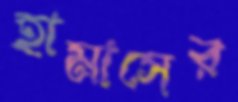
হামাসের